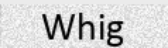
Whig